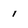
Character: i